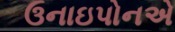
ઉનાઇપોનએ